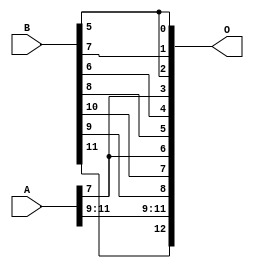
// This program was cloned from: https://github.com/ehw-fit/evoapproxlib
// License: MIT License

/***
* This code is a part of EvoApproxLib library (ehw.fit.vutbr.cz/approxlib) distributed under The MIT License.
* When used, please cite the following article(s): V. Mrazek, Z. Vasicek and R. Hrbacek, "Role of circuit representation in evolutionary design of energy-efficient approximate circuits" in IET Computers & Digital Techniques, vol. 12, no. 4, pp. 139-149, 7 2018. doi: 10.1049/iet-cdt.2017.0188 
* This file contains a circuit from a sub-set of pareto optimal circuits with respect to the pwr and ep parameters
***/
// MAE% = 12.50 %
// MAE = 1024 
// WCE% = 25.00 %
// WCE = 2048 
// WCRE% = 100.00 %
// EP% = 100.00 %
// MRE% = 30.62 %
// MSE = 13015.54e2 
// PDK45_PWR = 0.000 mW
// PDK45_AREA = 0.0 um2
// PDK45_DELAY = 0.00 ns

module add12u_2MB(A, B, O);
  input [11:0] A, B;
  output [12:0] O;
  wire n_36, n_42, n_37, n_23, n_22, n_21, n_20, n_27, n_26, n_25;
  wire n_24, n_29, n_28, n_39, n_38, n_8, n_9, n_4, n_5, n_6;
  wire n_7, n_0, n_1, n_2, n_3, n_30, n_31, n_32, n_33, n_34;
  wire n_35, n_18, n_19, n_16, n_17, n_14, n_15, n_12, n_13, n_10;
  wire n_11, n_45, n_44, n_43, n_47, n_46, n_41, n_40;
  assign n_0 = A[0];
  assign n_1 = A[0];
  assign n_2 = A[1];
  assign n_3 = A[1];
  assign n_4 = A[2];
  assign n_5 = A[2];
  assign n_6 = A[3];
  assign n_7 = A[3];
  assign n_8 = A[4];
  assign n_9 = A[4];
  assign n_10 = A[5];
  assign n_11 = A[5];
  assign n_12 = A[6];
  assign n_13 = A[6];
  assign n_14 = A[7];
  assign n_15 = A[7];
  assign n_16 = A[8];
  assign n_17 = A[8];
  assign n_18 = A[9];
  assign n_19 = A[9];
  assign n_20 = A[10];
  assign n_21 = A[10];
  assign n_22 = A[11];
  assign n_23 = A[11];
  assign n_24 = B[0];
  assign n_25 = B[0];
  assign n_26 = B[1];
  assign n_27 = B[1];
  assign n_28 = B[2];
  assign n_29 = B[2];
  assign n_30 = B[3];
  assign n_31 = B[3];
  assign n_32 = B[4];
  assign n_33 = B[4];
  assign n_34 = B[5];
  assign n_35 = B[5];
  assign n_36 = B[6];
  assign n_37 = B[6];
  assign n_38 = B[7];
  assign n_39 = B[7];
  assign n_40 = B[8];
  assign n_41 = B[8];
  assign n_42 = B[9];
  assign n_43 = B[9];
  assign n_44 = B[10];
  assign n_45 = B[10];
  assign n_46 = B[11];
  assign n_47 = B[11];
  assign O[0] = n_34;
  assign O[1] = n_38;
  assign O[2] = n_34;
  assign O[3] = n_14;
  assign O[4] = n_36;
  assign O[5] = n_40;
  assign O[6] = n_14;
  assign O[7] = n_44;
  assign O[8] = n_42;
  assign O[9] = n_18;
  assign O[10] = n_20;
  assign O[11] = n_22;
  assign O[12] = n_46;
endmodule